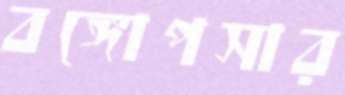
বঙ্গোপসার